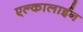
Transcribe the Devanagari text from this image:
एल्कालाईन